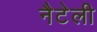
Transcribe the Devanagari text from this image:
नैटेली